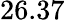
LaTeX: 26.37